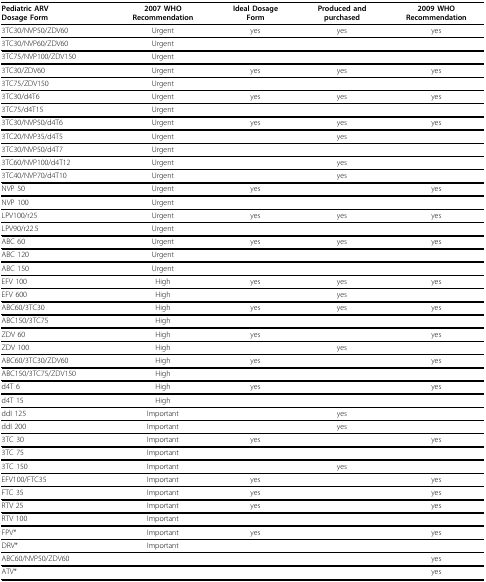
<table><thead><tr><td><b>Pediatric ARVDosage Form</b></td><td><b>2007 WHORecommendation</b></td><td><b>Ideal DosageForm</b></td><td><b>Produced andpurchased</b></td><td><b>2009 WHORecommendation</b></td></tr></thead><tbody><tr><td>3TC30/NVP50/ZDV60</td><td>Urgent</td><td>yes</td><td>yes</td><td>yes</td></tr><tr><td>3TC30/NVP60/ZDV60</td><td>Urgent</td><td></td><td></td><td></td></tr><tr><td>3TC75/NVP100/ZDV150</td><td>Urgent</td><td></td><td></td><td></td></tr><tr><td>3TC30/ZDV60</td><td>Urgent</td><td>yes</td><td>yes</td><td>yes</td></tr><tr><td>3TC75/ZDV150</td><td>Urgent</td><td></td><td></td><td></td></tr><tr><td>3TC30/d4T6</td><td>Urgent</td><td>yes</td><td>yes</td><td>yes</td></tr><tr><td>3TC75/d4T15</td><td>Urgent</td><td></td><td></td><td></td></tr><tr><td>3TC30/NVP50/d4T6</td><td>Urgent</td><td>yes</td><td>yes</td><td>yes</td></tr><tr><td>3TC20/NVP35/d4T5</td><td>Urgent</td><td></td><td>yes</td><td></td></tr><tr><td>3TC30/NVP50/d4T7</td><td>Urgent</td><td></td><td></td><td></td></tr><tr><td>3TC60/NVP100/d4T12</td><td>Urgent</td><td></td><td>yes</td><td></td></tr><tr><td>3TC40/NVP70/d4T10</td><td>Urgent</td><td></td><td>yes</td><td></td></tr><tr><td>NVP 50</td><td>Urgent</td><td>yes</td><td></td><td>yes</td></tr><tr><td>NVP 100</td><td>Urgent</td><td></td><td></td><td></td></tr><tr><td>LPV100/r25</td><td>Urgent</td><td>yes</td><td>yes</td><td>yes</td></tr><tr><td>LPV90/r22.5</td><td>Urgent</td><td></td><td></td><td></td></tr><tr><td>ABC 60</td><td>Urgent</td><td>yes</td><td>yes</td><td>yes</td></tr><tr><td>ABC 120</td><td>Urgent</td><td></td><td></td><td></td></tr><tr><td>ABC 150</td><td>Urgent</td><td></td><td></td><td></td></tr><tr><td>EFV 100</td><td>High</td><td>yes</td><td>yes</td><td>yes</td></tr><tr><td>EFV 600</td><td>High</td><td></td><td>yes</td><td></td></tr><tr><td>ABC60/3TC30</td><td>High</td><td>yes</td><td>yes</td><td>yes</td></tr><tr><td>ABC150/3TC75</td><td>High</td><td></td><td></td><td></td></tr><tr><td>ZDV 60</td><td>High</td><td>yes</td><td></td><td>yes</td></tr><tr><td>ZDV 100</td><td>High</td><td></td><td>yes</td><td></td></tr><tr><td>ABC60/3TC30/ZDV60</td><td>High</td><td>yes</td><td></td><td>yes</td></tr><tr><td>ABC150/3TC75/ZDV150</td><td>High</td><td></td><td></td><td></td></tr><tr><td>d4T 6</td><td>High</td><td>yes</td><td></td><td>yes</td></tr><tr><td>d4T 15</td><td>High</td><td></td><td></td><td></td></tr><tr><td>ddI 125</td><td>Important</td><td></td><td>yes</td><td></td></tr><tr><td>ddI 200</td><td>Important</td><td></td><td>yes</td><td></td></tr><tr><td>3TC 30</td><td>Important</td><td>yes</td><td></td><td>yes</td></tr><tr><td>3TC 75</td><td>Important</td><td></td><td></td><td></td></tr><tr><td>3TC 150</td><td>Important</td><td></td><td>yes</td><td></td></tr><tr><td>EFV100/FTC35</td><td>Important</td><td>yes</td><td></td><td>yes</td></tr><tr><td>FTC 35</td><td>Important</td><td>yes</td><td></td><td>yes</td></tr><tr><td>RTV 25</td><td>Important</td><td>yes</td><td></td><td>yes</td></tr><tr><td>RTV 100</td><td>Important</td><td></td><td></td><td></td></tr><tr><td>FPV*</td><td>Important</td><td>yes</td><td></td><td>yes</td></tr><tr><td>DRV*</td><td>Important</td><td></td><td></td><td></td></tr><tr><td>ABC60/NVP50/ZDV60</td><td></td><td></td><td></td><td>yes</td></tr><tr><td>ATV*</td><td></td><td></td><td></td><td>yes</td></tr></tbody></table>